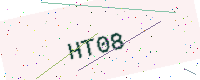
Text: HT08